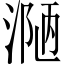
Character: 𪶾